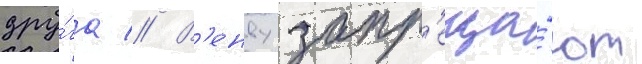
дру́га // В'енву запр'еща́ют